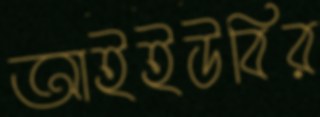
আইইউবির